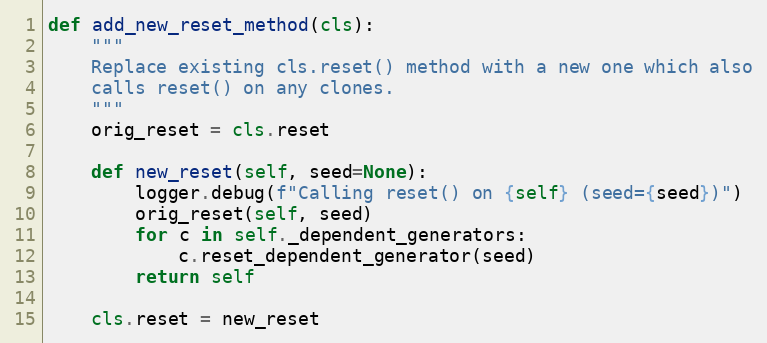
Language: Python
def add_new_reset_method(cls):
    """
    Replace existing cls.reset() method with a new one which also
    calls reset() on any clones.
    """
    orig_reset = cls.reset

    def new_reset(self, seed=None):
        logger.debug(f"Calling reset() on {self} (seed={seed})")
        orig_reset(self, seed)
        for c in self._dependent_generators:
            c.reset_dependent_generator(seed)
        return self

    cls.reset = new_reset